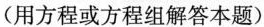
（用方程或方程组解答本题）